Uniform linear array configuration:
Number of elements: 4
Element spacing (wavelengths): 0.75
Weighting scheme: exponential
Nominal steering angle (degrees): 45
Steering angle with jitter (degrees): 44.037
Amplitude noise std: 0.05
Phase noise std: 0.05

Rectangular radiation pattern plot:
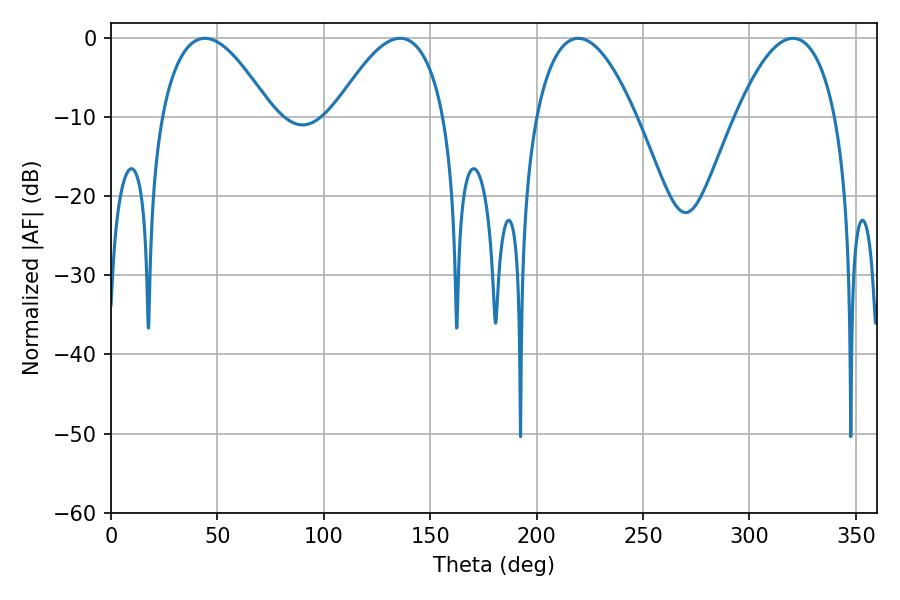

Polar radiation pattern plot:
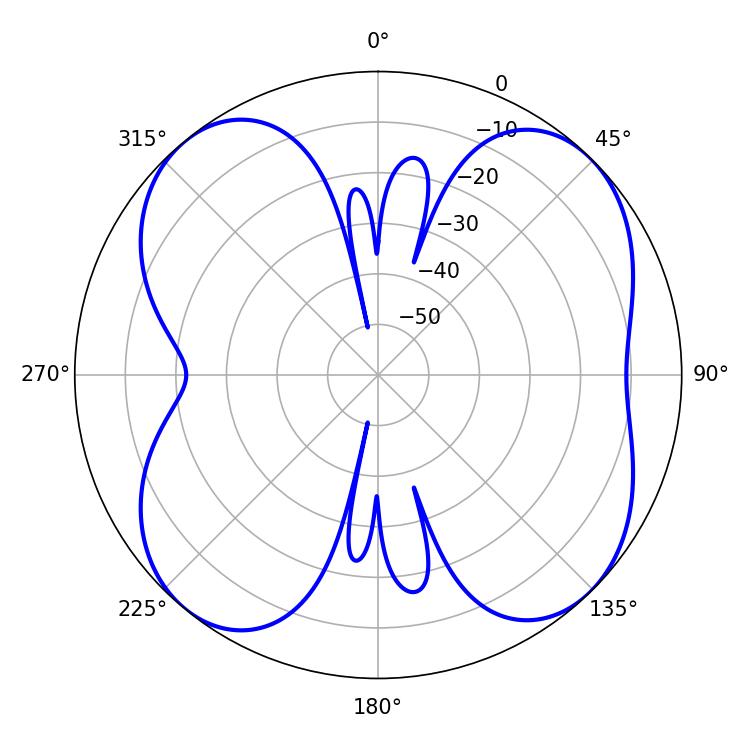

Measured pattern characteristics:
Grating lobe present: TRUE
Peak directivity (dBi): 10.884
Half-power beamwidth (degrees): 28.44
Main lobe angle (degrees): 44.1